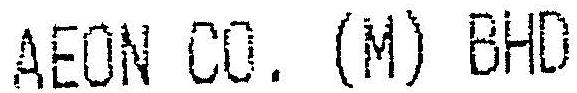
AEON CO. (M) BHD